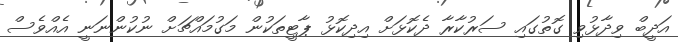
އަދީބް ވިދާޅުވި ގޮތުގައި ސަރުކާރާ ދެކޮޅަށް އިދިކޮޅު ޕާޓީތަކުން މަގުމައްޗަށް ނުކުންނަނީ އެއްވެސް